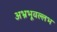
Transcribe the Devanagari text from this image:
अभ्रभूवल्लभ